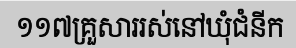
១១៧គ្រួសាររស់នៅឃុំជំនីក